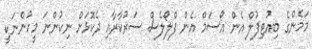
މަމެންގެ ބިއުޓިފުލް އެން އޯސަމް އެން ފްލޯލެސް ސަރުކާރާއި ދެކޮޅަށް ނިކުންނަ މީހުންނަކީ